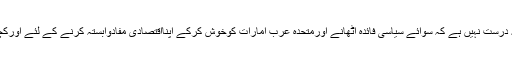
کیااس سے یہ خدشہ درست نہیں ہے کہ سوائے سیاسی فائدہ اٹھانے اورمتحدہ عرب امارات کوخوش کرکے اپنااقتصادی مفادوابستہ کرنے کے لئے اورکچھ حا صل نہیں ہے۔